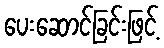
ပေးဆောင်ခြင်းဖြင့်